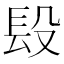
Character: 𨱚